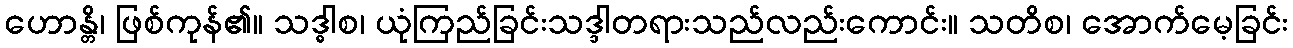
ဟောန္တိ၊ ဖြစ်ကုန်၏။ သဒ္ဓါစ၊ ယုံကြည်ခြင်းသဒ္ဒါတရားသည်လည်းကောင်း။ သတိစ၊ အောက်မေ့ခြင်း